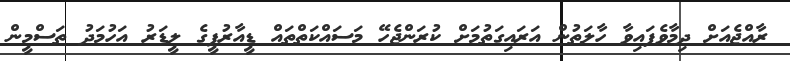
ރާއްޖެއަށް ދިމާވެފައިވާ ހާލަތުން އަރައިގަތުމަށް ކުރަންޖެހޭ މަސައްކަތްތައް ޑީއާރުޕީގެ ލީޑަރު އަހުމަދު ތަސްމީން